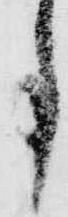
事